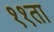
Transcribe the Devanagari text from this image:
११ता